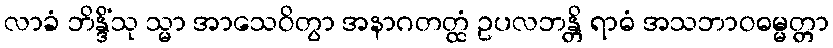
လာခံ ဘိန္ဒိံသု သ္မာ အာသေဝိတွာ အနာဂတတ္ထံ ဥပလဘန္တိ ရာဓံ အသဘာဝဓမ္မတ္တာ